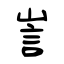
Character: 訔